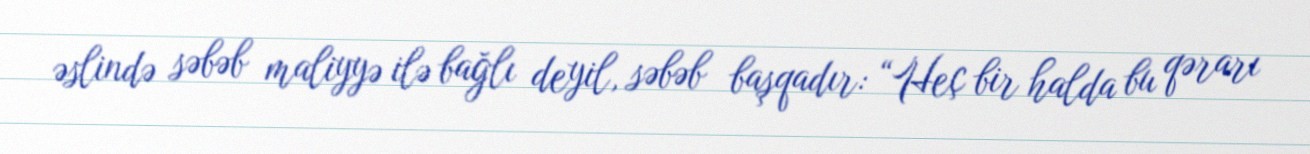
əslində səbəb maliyyə ilə bağlı deyil, səbəb başqadır: “Heç bir halda bu qərarı